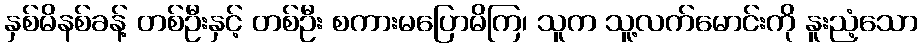
နှစ်မိနစ်ခန့် တစ်ဦးနှင့် တစ်ဦး စကားမပြောမိကြ၊ သူက သူ့လက်မောင်းကို နူးညံ့သော